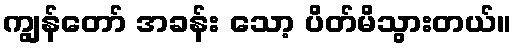
ကျွန်တော် အခန်း သော့ ပိတ်မိသွားတယ်။